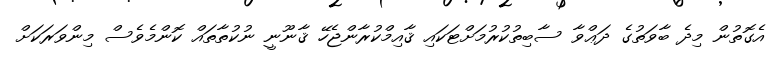
އެގޮތުން މިދެ ބާވަތުގެ ދަޢްވާ ސާބިތުކުރުމަށްޓަކައި ޤާއިމްކުރާންޖެހޭ ޤާނޫނީ ނުކުތާތައް ކޮންމެވެސް މިންވަރަކަށް